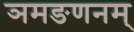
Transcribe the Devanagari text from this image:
ञमङणनम्